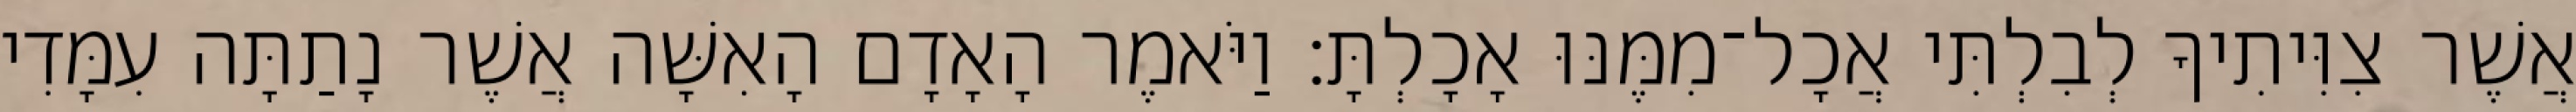
אֲשֶׁר צִוִּיתִיךָ לְבִלְתִּי אֲכָל־מִמֶּנּוּ אָכָלְתָּ׃ וַיֹּאמֶר הָאָדָם הָאִשָּׁה אֲשֶׁר נָתַתָּה עִמָּדִי